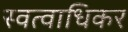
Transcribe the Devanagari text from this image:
स्वत्वाधिकर